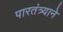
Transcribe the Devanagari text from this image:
पारतंत्र्याने